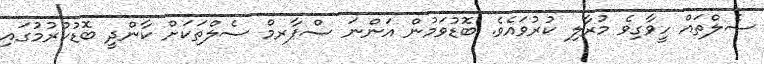
ސެލްތައް ހީވާގިވެ މުރާލި ކުރުވައެވެ. ބޮޑުވަމުން އަންނަ ސްޕާރމް ސެލްތަކަށް ކާންދީ ބޮޑުކުރުމުގައި